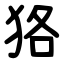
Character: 狢